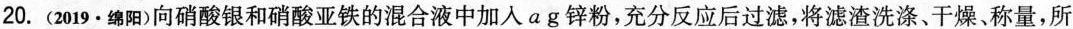
20.(2019·绵阳)向硝酸银和硝酸亚铁的混合液中加入ag锌粉，充分反应后过滤，将滤渣洗涤、干燥、称量，所